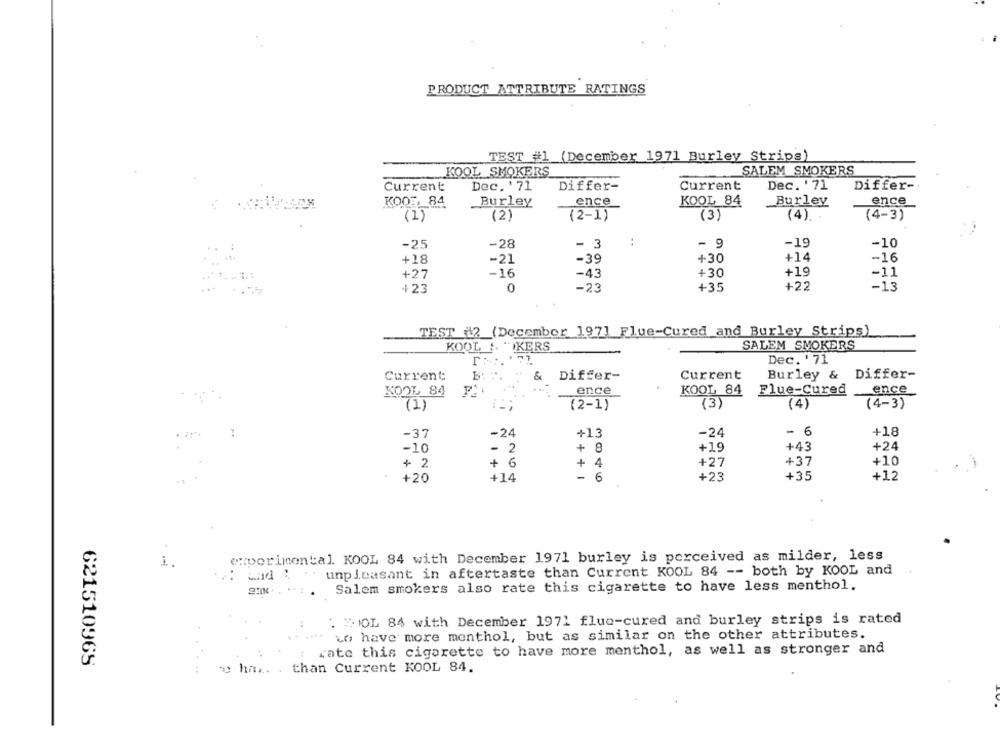
PRODUCT ATTRIBUTE RATINGS
TEST #1 (December 1971 Burley Strips)
KOOL SMOKERS
SALEM SMOKERS
Current
Dec. '71
Differ-
Current
Dec. ' 71
Differ-
KOOE, 84
Burley
ence
KOOL 84
_Burley
ence
(1)
(2)
(2-1)
(3)
(4).
(4-3)
-25
-28
- 3
:
- 9
-19
-10
+18
-21
-39
+30
+14
-16
+19
+27
-16
-43
+30
-11
+22
-13
+23
0
-23
+35
TEST 2 (December 197] Flue-Cured and Burley Strips)
SALEM SMOKERS
KOOL : "IKERS
Dec. ' 71
Current
& Differ-
Current
Burley & Differ-
P ..
...
ence
ence
KOOL 84
KOOL 84
Flue-Cured
(2-1)
(3)
(4)
(4-3)
(1)
-37
-24
+13
-24
- 6
+18
-10
-
2
+
8
+19
+43
+24
+ 2
+ 6
+
4
+27
+37
+10
+20
+14
-
6
+23
+35
+12
experimental. KOOL 84 with December 1971 burley is perceived as milder, less
1
: Ead : unpleasant in aftertaste than Current KOOL 84 -- both by KOOL and
Salem smokers also rate this cigarette to have less menthol.
. "IOL 84 with December 1971 fluo-cured and burley strips is rated
to have more menthol, but as similar on the other attributes.
rate this cigarette to have more menthol, as well as stronger and
621510965
e ha .. . than Current KOOL 84.